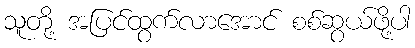
သူတို့ အပြင်ထွက်လာအောင် စစ်ဆွယ်ဖို့ပါ